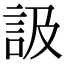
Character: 訯